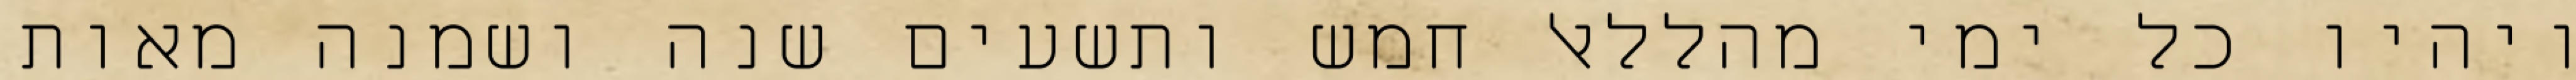
ויהיו כל ימי מהללאל חמש ותשעים שנה ושמנה מאות